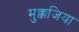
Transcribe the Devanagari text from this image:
मुक्कजिया